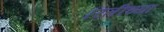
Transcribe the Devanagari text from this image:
रितींच्या